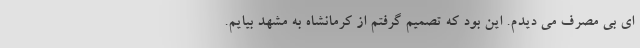
ای بی مصرف می دیدم. این بود که تصمیم گرفتم از کرمانشاه به مشهد بیایم.